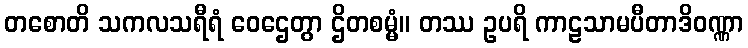
တစောတိ သကလသရီရံ ဝေဌေတွာ ဌိတစမ္မံ။ တဿ ဥပရိ ကာဠသာမပီတာဒိဝဏ္ဏာ